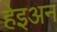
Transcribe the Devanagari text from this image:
हेइअन